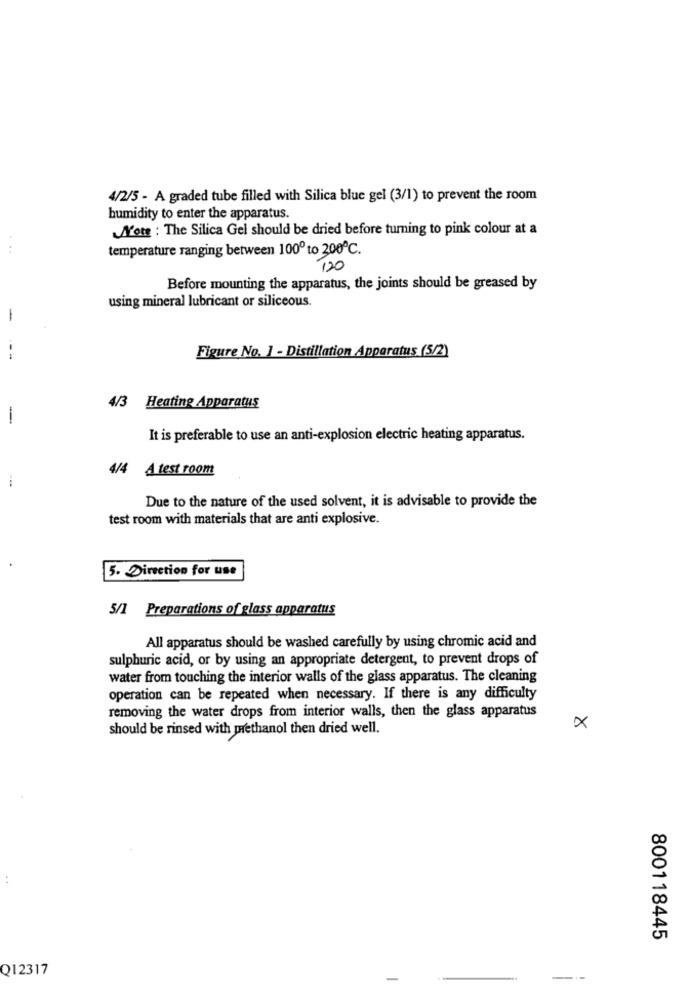
4/2/5 - A graded tube filled with Silica blue gel (3/1) to prevent the room
humidity to enter the apparatus.
Note : The Silica Gel should be dried before turning to pink colour at a
temperature ranging between 100º to 200℃.
120
Before mounting the apparatus, the joints should be greased by
using mineral lubricant or siliceous.
-
Figure No. 1 - Distillation Apparatus (5/2)
---
4/3 Heating Apparatus
-
It is preferable to use an anti-explosion electric heating apparatus.
4/4 A test room
Due to the nature of the used solvent, it is advisable to provide the
test room with materials that are anti explosive.
5. Direction for use
5/1 Preparations of glass apparatus
All apparatus should be washed carefully by using chromic acid and
sulphuric acid, or by using an appropriate detergent, to prevent drops of
water from touching the interior walls of the glass apparatus. The cleaning
operation can be repeated when necessary. If there is any difficulty
removing the water drops from interior walls, then the glass apparatus
should be rinsed with prethanol then dried well.
×
800118445
Q12317